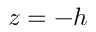
z = - h